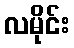
လမိုင်း